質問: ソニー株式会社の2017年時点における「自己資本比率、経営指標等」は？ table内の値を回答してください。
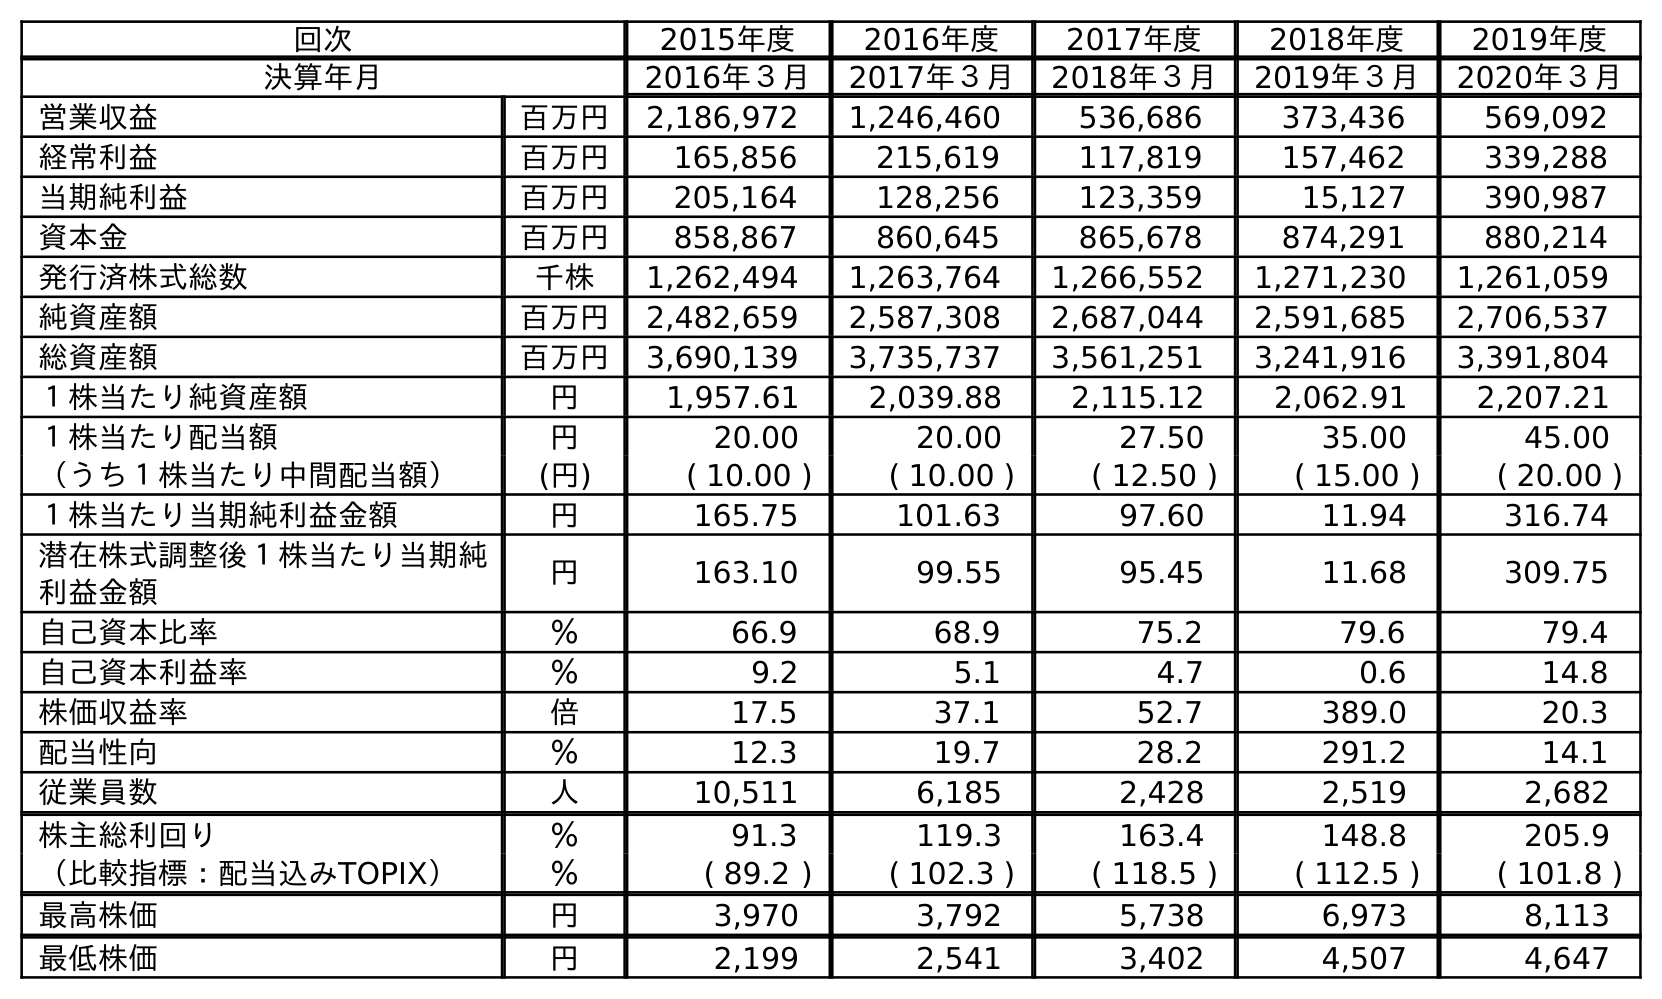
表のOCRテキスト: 回次 2015年度 2016年度 2017年度 2018年度 2019年度 決算年月 2016年３月 2017年３月 2018年３月 2019年３月 2020年３月 営業収益 百万円 2,186,972 1,246,460 536,686 373,436 569,092 経常利益 百万円 165,856 215,619 117,819 157,462 339,288 当期純利益 百万円 205,164 128,256 123,359 15,127 390,987 資本金 百万円 858,867 860,645 865,678 874,291 880,214 発行済株式総数 千株 1,262,494 1,263,764 1,266,552 1,271,230 1,261,059 純資産額 百万円 2,482,659 2,587,308 2,687,044 2,591,685 2,706,537 総資産額 百万円 3,690,139 3,735,737 3,561,251 3,241,916 3,391,804 １株当たり純資産額 円 1,957.61 2,039.88 2,115.12 2,062.91 2,207.21 １株当たり配当額 円 20.00 20.00 27.50 35.00 45.00 （うち１株当たり中間配当額） (円) ( 10.00 ) ( 10.00 ) ( 12.50 ) ( 15.00 ) ( 20.00 ) １株当たり当期純利益金額 円 165.75 101.63 97.60 11.94 316.74 潜在株式調整後１株当たり当期純 利益金額 円 163.10 99.55 95.45 11.68 309.75 自己資本比率 ％ 66.9 68.9 75.2 79.6 79.4 自己資本利益率 ％ 9.2 5.1 4.7 0.6 14.8 株価収益率 倍 17.5 37.1 52.7 389.0 20.3 配当性向 ％ 12.3 19.7 28.2 291.2 14.1 従業員数 人 10,511 6,185 2,428 2,519 2,682 株主総利回り ％ 91.3 119.3 163.4 148.8 205.9 （比較指標：配当込みTOPIX） ％ ( 89.2 ) ( 102.3 ) ( 118.5 ) ( 112.5 ) ( 101.8 ) 最高株価 円 3,970 3,792 5,738 6,973 8,113 最低株価 円 2,199 2,541 3,402 4,507 4,647
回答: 68.9